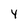
Character: 4